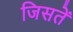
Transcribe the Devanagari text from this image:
जिसतें